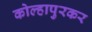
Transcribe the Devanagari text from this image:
कोल्हापुरकर